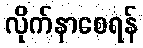
လိုက်နာစေရန်